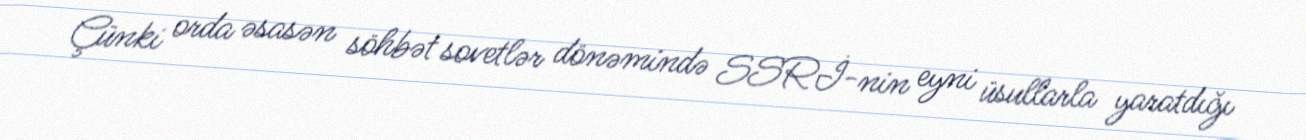
Çünki orda əsasən söhbət sovetlər dönəmində SSRİ-nin eyni üsullarla yaratdığı